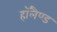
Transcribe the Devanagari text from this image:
हाॅलैण्ड